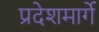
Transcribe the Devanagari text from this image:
प्रदेशमार्गे